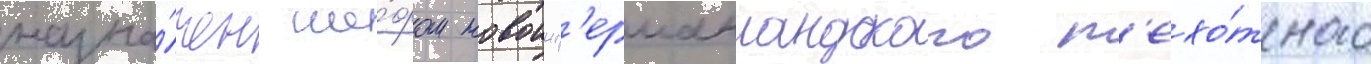
назна́чен ше́фом новоинг'ерманландского п'ехо́тного